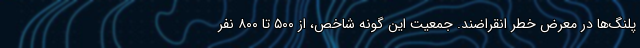
پلنگ‌ها در معرض خطر انقراضند. جمعیت این گونه شاخص، از ۵۰۰ تا ۸۰۰ نفر